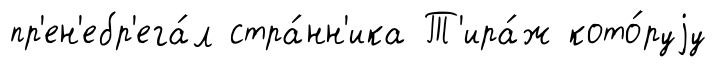
пр'ен'ебр'ега́л стра́нн'ика Т'ира́ж кото́руjу